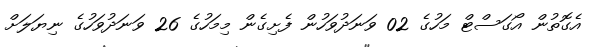
އެގޮތުން އޯގަސްޓް މަހުގެ 02 ވަނަދުވަހުން ފެށިގެން މިމަހުގެ 26 ވަނަދުވަހުގެ ނިޔަލަށް